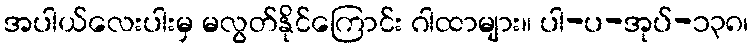
အပါယ်လေးပါးမှ မလွတ်နိုင်ကြောင်း ဂါထာများ။ ပါ-ပ-အုပ်-၁၃၈၊